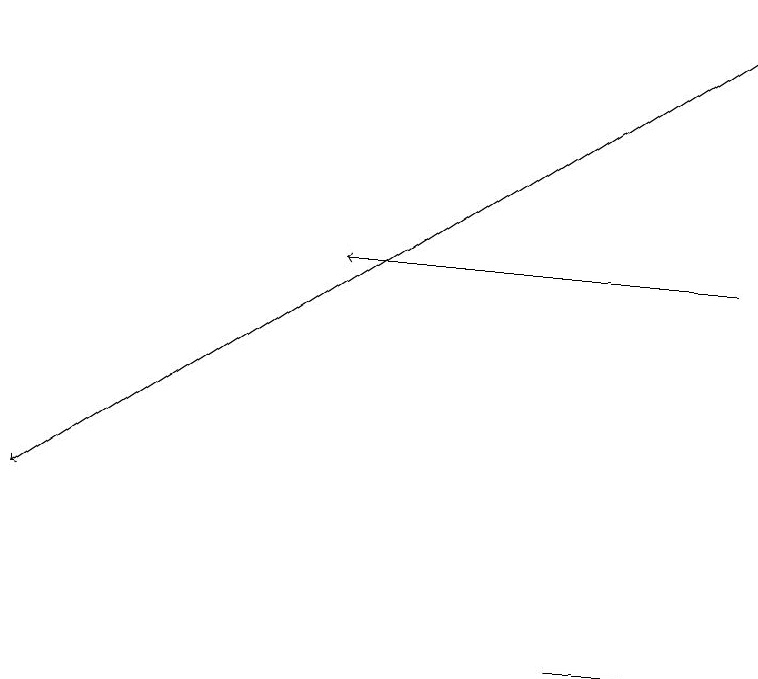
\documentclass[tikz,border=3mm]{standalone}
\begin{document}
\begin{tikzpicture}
\draw (8,11) rectangle (7,11);
\draw[->] (9,16) -- (4,16);
\draw[->] (9,19) -- (0,13);
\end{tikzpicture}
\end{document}